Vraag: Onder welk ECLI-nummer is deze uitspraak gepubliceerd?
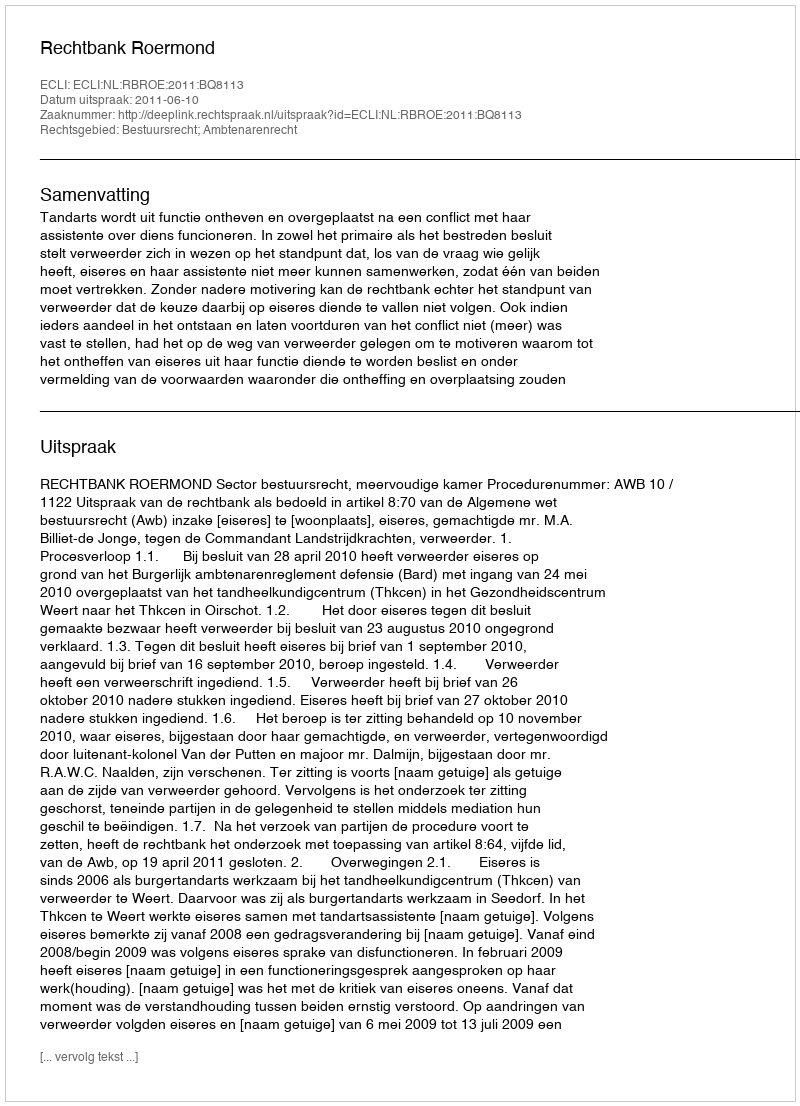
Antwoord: ECLI:NL:RBROE:2011:BQ8113